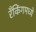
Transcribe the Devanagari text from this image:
रँकिंगमध्ये